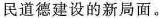
民道德建设的新局面。